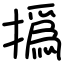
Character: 撝